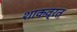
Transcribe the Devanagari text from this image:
शाकव्रत